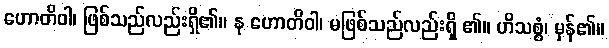
ဟောတိဝါ၊ ဖြစ်သည်လည်းရှိ၏။ န ဟောတိဝါ၊ မဖြစ်သည်လည်းရှိ ၏။ ဟိသစ္စံ၊ မှန်၏။